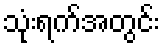
သုံးရက်အတွင်း